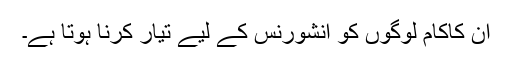
ان کاکام لوگوں کو انشورنس کے لیے تیار کرنا ہوتا ہے۔